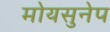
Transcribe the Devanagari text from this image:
मोयसुनेप